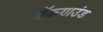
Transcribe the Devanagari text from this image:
बॅकग्राउंड